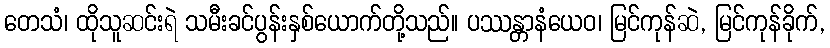
တေသံ၊ ထိုသူဆင်းရဲ သမီးခင်ပွန်းနှစ်ယောက်တို့သည်။ ပဿန္တာနံယေဝ၊ မြင်ကုန်ဆဲ, မြင်ကုန်ခိုက်,